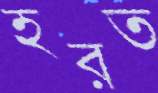
হরত